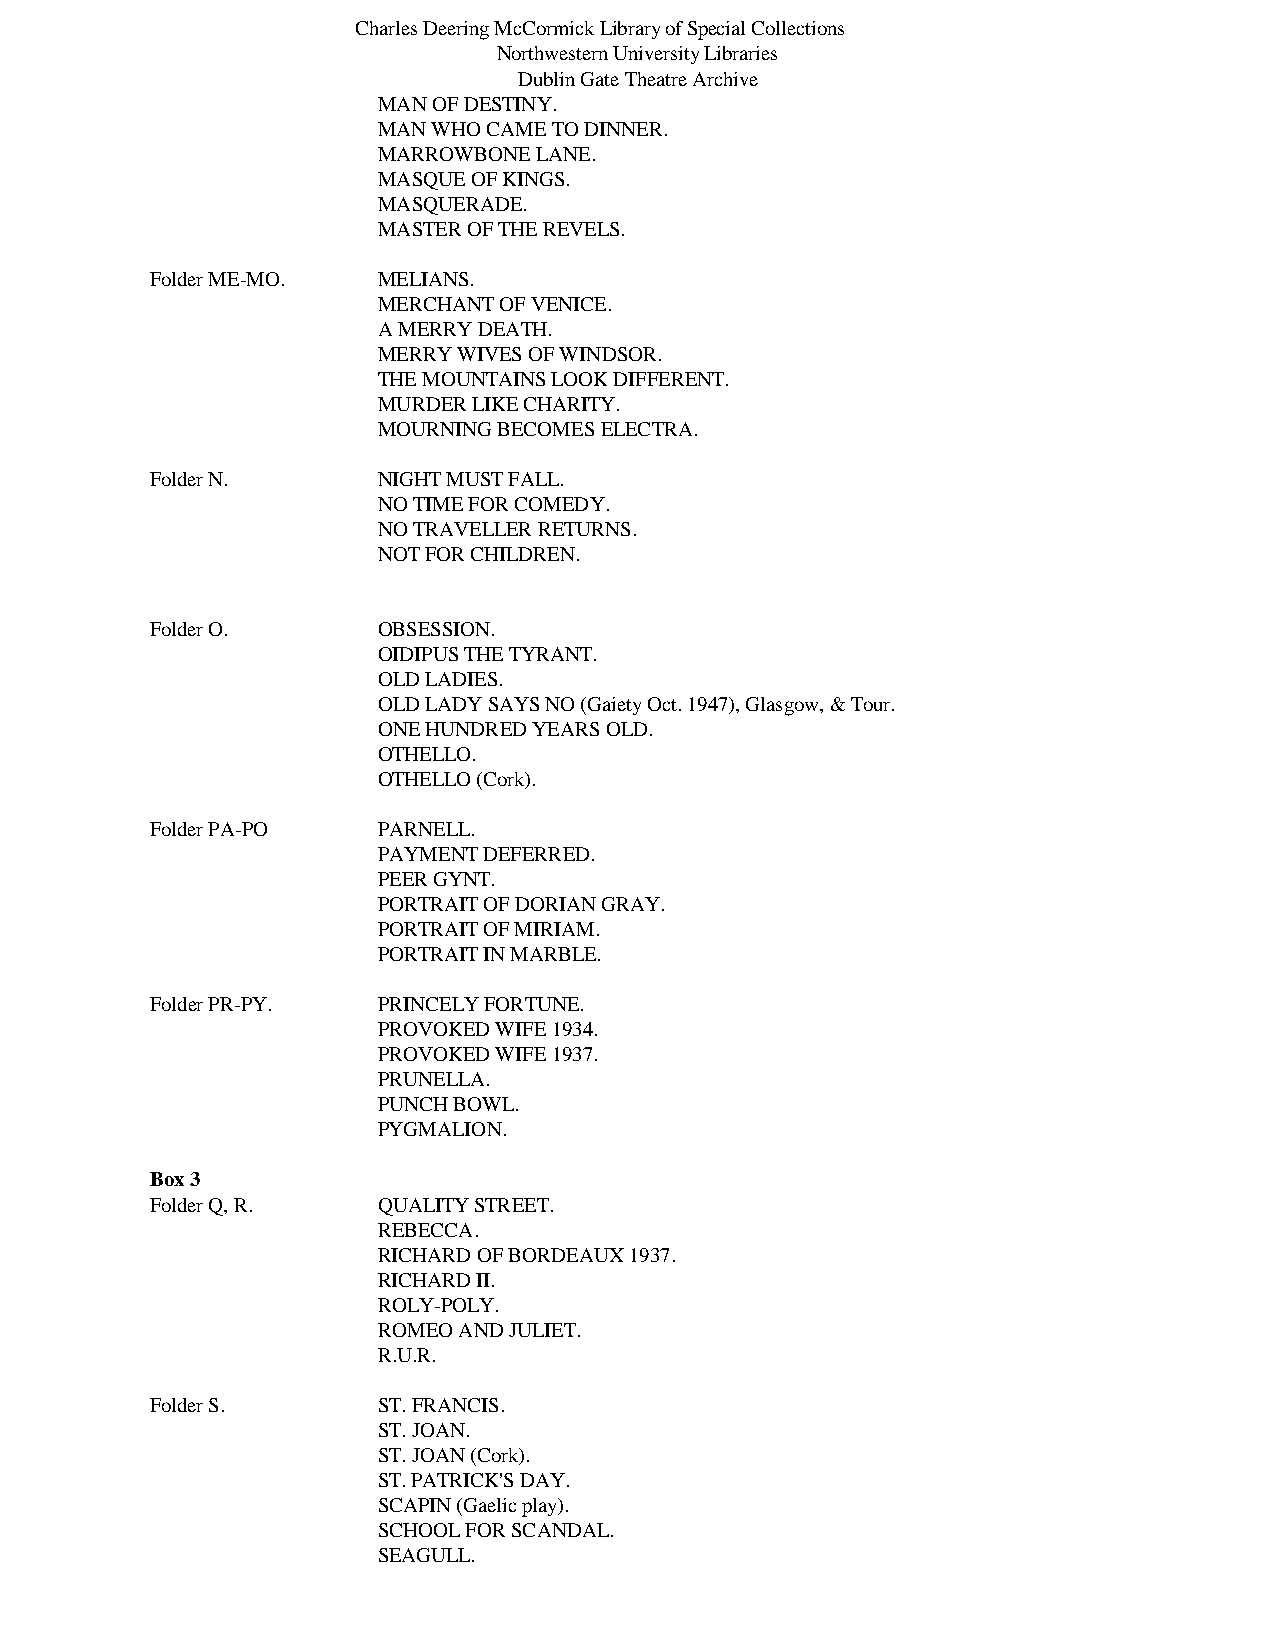
Charles Deering McCormick Library of Special Collections
 Northwestern University Libraries
 Dublin Gate Theatre Archive
 MAN OF DESTINY.
 MAN WHO CAME TO DINNER.
 MARROWBONE LANE.
 MASQUE OF KINGS.
 MASQUERADE.
 MASTER OF THE REVELS.
 Folder ME-MO.  MELIANS.
 MERCHANT OF VENICE.
 A MERRY DEATH.
 MERRY WIVES OF WINDSOR.
 THE MOUNTAINS LOOK DIFFERENT.
 MURDER LIKE CHARITY.
 MOURNING BECOMES ELECTRA.
 Folder N.      NIGHT MUST FALL.
 NO TIME FOR COMEDY.
 NO TRAVELLER RETURNS.
 NOT FOR CHILDREN.
 Folder O.      OBSESSION.
 OIDIPUS THE TYRANT.
 OLD LADIES.
 OLD LADY SAYS NO (Gaiety Oct. 1947), Glasgow, & Tour.
 ONE HUNDRED YEARS OLD.
 OTHELLO.
 OTHELLO (Cork).
 Folder PA-PO   PARNELL.
 PAYMENT DEFERRED.
 PEER GYNT.
 PORTRAIT OF DORIAN GRAY.
 PORTRAIT OF MIRIAM.
 PORTRAIT IN MARBLE.
 Folder PR-PY.  PRINCELY FORTUNE.
 PROVOKED WIFE 1934.
 PROVOKED WIFE 1937.
 PRUNELLA.
 PUNCH BOWL.
 PYGMALION.
 Box 3
 Folder Q, R.   QUALITY STREET.
 REBECCA.
 RICHARD OF BORDEAUX 1937.
 RICHARD II.
 ROLY-POLY.
 ROMEO AND JULIET.
 R.U.R.
 Folder S.      ST. FRANCIS.
 ST. JOAN.
 ST. JOAN (Cork).
 ST. PATRICK'S DAY.
 SCAPIN (Gaelic play).
 SCHOOL FOR SCANDAL.
 SEAGULL.